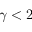
\gamma < 2